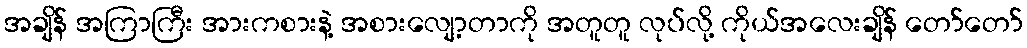
အချိန် အကြာကြီး အားကစားနဲ့ အစားလျော့တာကို အတူတူ လုပ်လို့ ကိုယ်အလေးချိန် တော်တော်